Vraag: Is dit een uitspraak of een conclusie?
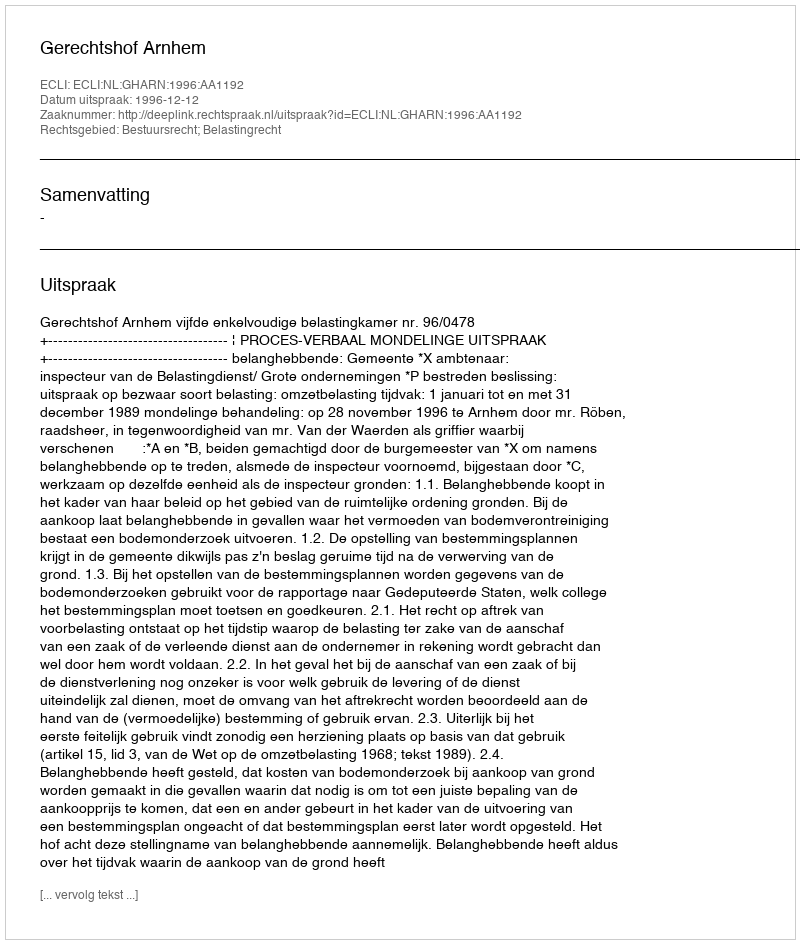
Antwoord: Uitspraak